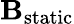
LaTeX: {\mathbf B}_{\mathrm{static}}